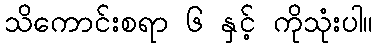
သိကောင်းစရာ ၆ နှင့် ကိုသုံးပါ။